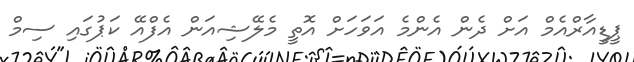
ޕީޑީއާރްއެމް އަށް ދެން އެންމެ އަވަހަށް އޮތީ މެލޭޝިއަން އެފްއޭ ކަޕުގައި ސިމް